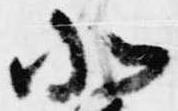
北